Scottish Leaving Certificate Examination, 1956
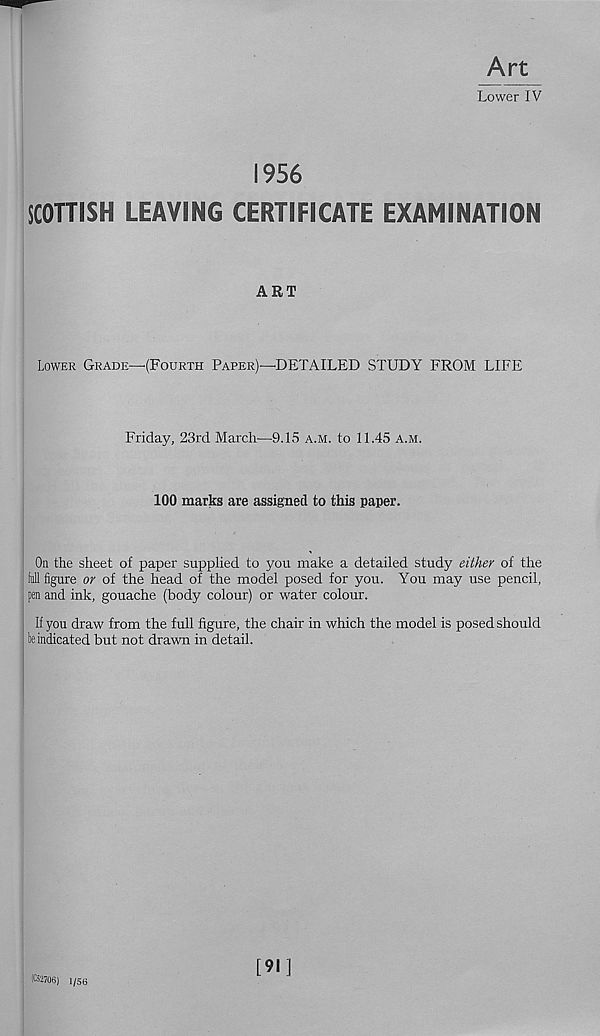
Art
Lower IV
1956
SCOTTISH LEAVING CERTIFICATE EXAMINATION
ART
Lower Grade—(Fourth Paper)—DETAILED STUDY FROM LIFE
Friday, 23rd March—9.15 a.m. to 11.45 a.m.
100 marks are assigned to this paper.
On the sheet of paper supplied to you make a detailed study either of the
full figure or of the head of the model posed for you. You may use pencil,
pen and ink, gouache (body colour) or water colour.
If you draw from the full figure, the chair in which the model is posed should
be indicated but not drawn in detail.
(C52706) 1/56
[91]